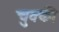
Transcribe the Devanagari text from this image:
चुक्की